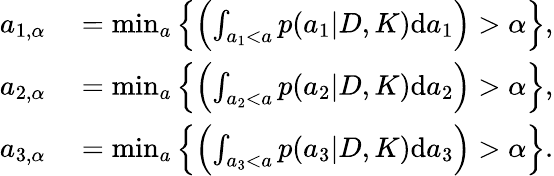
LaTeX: \begin{array}{rl}{a_{1,\alpha}}&{{}=\operatorname*{min}_{a}\left\{ \left(\int_{a_{1}<a}p(a_{1}|D,K)\textup{d}a_{1}\right)>\alpha\right\} ,}\\ {a_{2,\alpha}}&{{}=\operatorname*{min}_{a}\left\{ \left(\int_{a_{2}<a}p(a_{2}|D,K)\textup{d}a_{2}\right)>\alpha\right\} ,}\\ {a_{3,\alpha}}&{{}=\operatorname*{min}_{a}\left\{ \left(\int_{a_{3}<a}p(a_{3}|D,K)\textup{d}a_{3}\right)>\alpha\right\} .}\end{array}